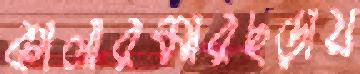
কালারমারছড়ায়